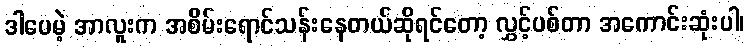
ဒါပေမဲ့ အာလူးက အစိမ်းရောင်သန်းနေတယ်ဆိုရင်တော့ လွှင့်ပစ်တာ အကောင်းဆုံးပါ၊